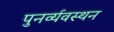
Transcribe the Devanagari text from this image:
पुनर्व्यवस्थन